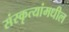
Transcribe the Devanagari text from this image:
संस्कृत्यांमधील